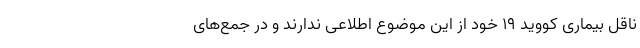
ناقل بیماری کووید ۱۹ خود از این موضوع اطلاعی ندارند و در جمع‌های